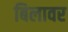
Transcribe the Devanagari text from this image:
बिलावर